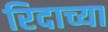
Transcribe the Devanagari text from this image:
रिदाच्या